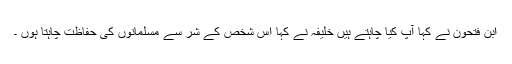
ابن فتحون نے کہا آپ کیا چاہتے ہیں خلیفہ نے کہا اس شخص کے شر سے مسلمانوں کی حفاظت چاہتا ہوں ۔